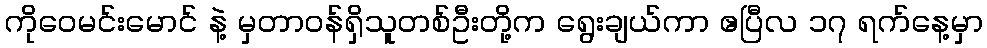
ကိုဝေမင်းမောင် နဲ့ မှတာဝန်ရှိသူတစ်ဦးတို့က ရွေးချယ်ကာ ဧပြီလ ၁၇ ရက်နေ့မှာ